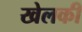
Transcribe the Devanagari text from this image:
खेलकी